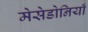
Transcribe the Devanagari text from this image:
मेसेडोनियाँ